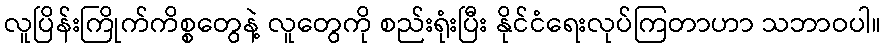
လူပြိန်းကြိုက်ကိစ္စတွေနဲ့ လူတွေကို စည်းရုံးပြီး နိုင်ငံရေးလုပ်ကြတာဟာ သဘာဝပါ။